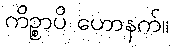
ကိဉ္စာပိ ဟောနက်။